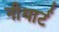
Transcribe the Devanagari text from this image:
नीथार्ट